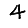
Digit: 4